Report on the working of the mental hospitals for Indians in Bihar and Orissa - 1925-1929
Year: 1925
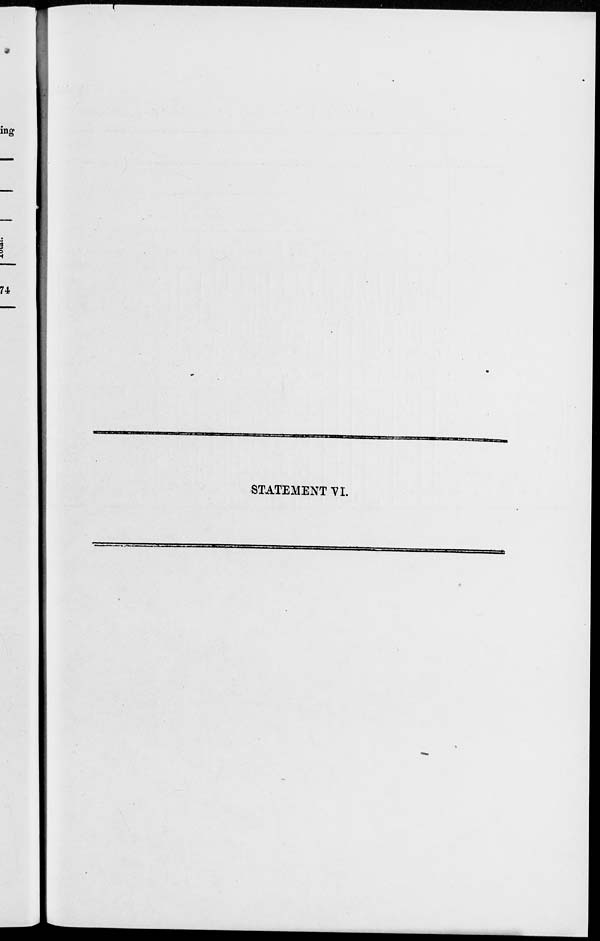
STATEMENT VI.